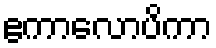
ဧကာလောပိကာ